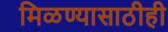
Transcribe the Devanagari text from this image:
मिळण्यासाठीही